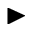
\blacktriangleright